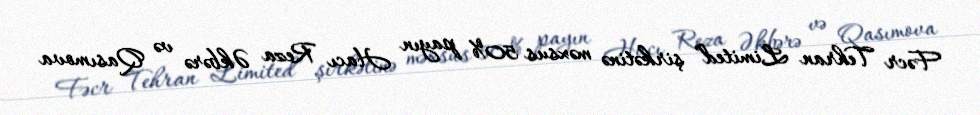
Fəcr Tehran Limited” şirkətinə məxsus 50% payın Hacı Reza Əkbərə və Qasımova